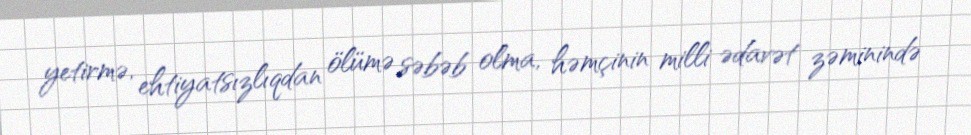
yetirmə, ehtiyatsızlıqdan ölümə səbəb olma, həmçinin milli ədavət zəminində